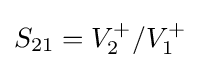
S_{21}=V_{2}^{+}/V_{1}^{+}